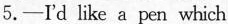
5.-I'd like a pen which